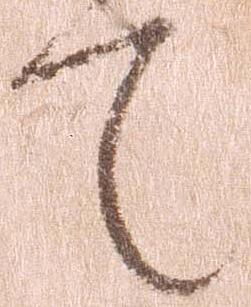
て